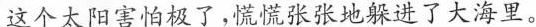
这个太阳害怕极了，慌慌张张地躲进了大海里。